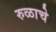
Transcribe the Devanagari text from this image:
रुळाचे